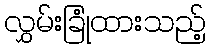
လွှမ်းခြုံထားသည့်